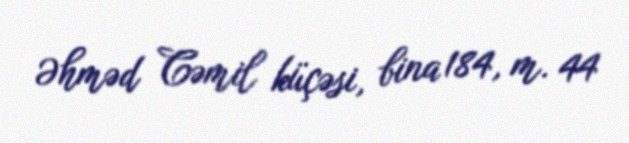
Əhməd Cəmil küçəsi, bina 184, m. 44